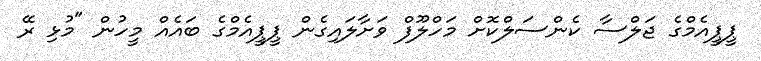
ޕީޕީއެމްގެ ޖަލްސާ ކެންސަލްކޮށް މަހްލޫފް ވަށާލައިގެން ޕީޕީއެމްގެ ބައެއް މީހުން "މުޅި ރޭ